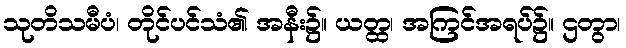
သုတိသမီပံ၊ တိုင်ပင်သံ၏ အနီး၌။ ယတ္ထ၊ အကြင်အရပ်၌။ ဌတွာ၊